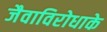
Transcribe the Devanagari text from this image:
जैवाविरोधाके